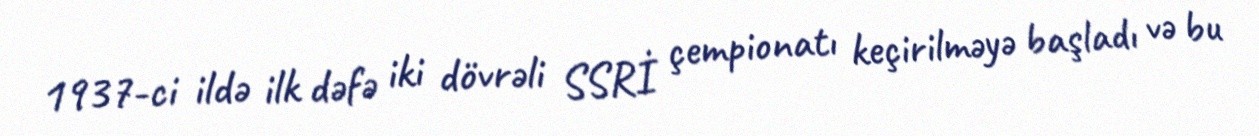
1937-ci ildə ilk dəfə iki dövrəli SSRİ çempionatı keçirilməyə başladı və bu